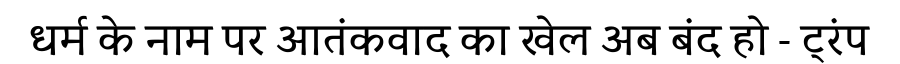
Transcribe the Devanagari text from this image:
धर्म के नाम पर आतंकवाद का खेल अब बंद हो - ट्रंप